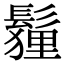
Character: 𩮞